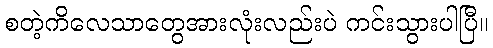
စတဲ့ကိလေသာတွေအားလုံးလည်းပဲ ကင်းသွားပါပြီ။